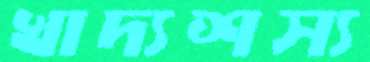
খাদ্যশস্য